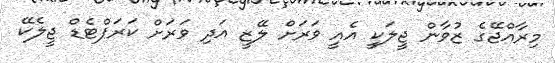
މިރާއްޖޭގެ ޒުވާން ޖީލަކީ އެއީ ވަރަށް ލޭޒީ އަދި ވަރަށް ކަރަޕްޓެޑް ޖީލެކޭ